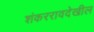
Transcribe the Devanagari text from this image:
शंकररावदेखील